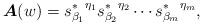
LaTeX: \begin{align*}\boldsymbol{A}(w)={s^*_{\beta_1}}^{\eta_1}{s^*_{\beta_2}}^{\eta_2}\cdots{s^*_{\beta_m}}^{\eta_m},\end{align*}